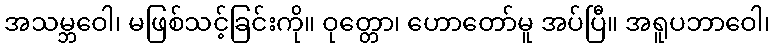
အသမ္ဘဝေါ၊ မဖြစ်သင့်ခြင်းကို။ ဝုတ္တော၊ ဟောတော်မူ အပ်ပြီ။ အရူပဘာဝေါ၊